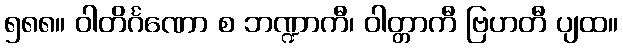
၅၈၈။ ဝါတိင်္ဂဏော စ ဘဏ္ဍာကီ၊ ဝါတ္တာကီ ဗြဟတီ ပျထ။